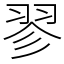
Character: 翏